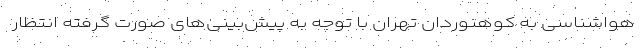
هواشناسی به کوهنوردان تهران با توجه به پیش‌بینی‌های صورت گرفته انتظار